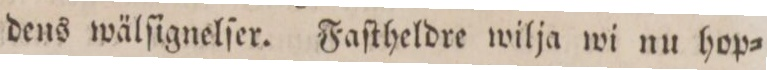
dens wälſignelſer. Faſtheldre wilja wi nu hop=